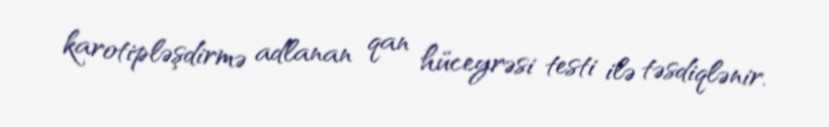
karotipləşdirmə adlanan qan hüceyrəsi testi ilə təsdiqlənir.